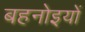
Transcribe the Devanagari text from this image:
बहनोइयों